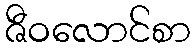
ဇီဝလောင်စာ